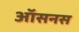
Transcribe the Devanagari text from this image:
ऑसनस